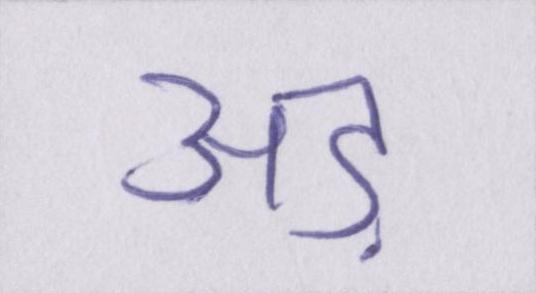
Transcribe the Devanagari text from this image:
अड़